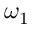
\omega _ { 1 }